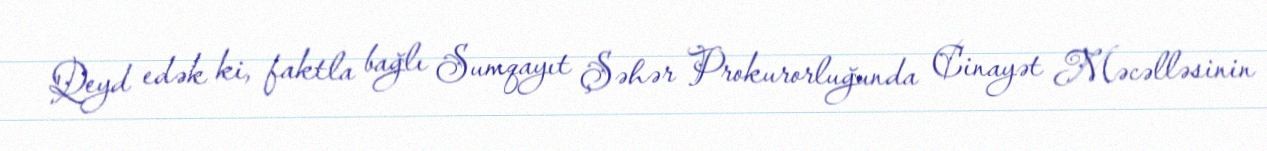
Qeyd edək ki, faktla bağlı Sumqayıt Şəhər Prokurorluğunda Cinayət Məcəlləsinin